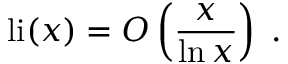
\operatorname { l i } ( x ) = O \left( { \frac { x } { \ln x } } \right) \; .